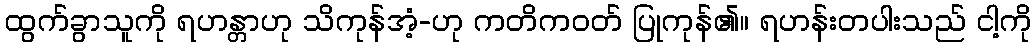
ထွက်ခွာသူကို ရဟန္တာဟု သိကုန်အံ့-ဟု ကတိကဝတ် ပြုကုန်၏။ ရဟန်းတပါးသည် ငါ့ကို